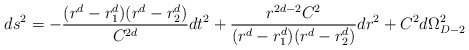
\begin{align*}ds^{2}=-{(r^{d}-r_{1}^{d})(r^{d}-r_{2}^{d})\over C^{2d}}dt^{2}+{r^{2d-2}C^{2}\over (r^{d}-r_{1}^{d})(r^{d}-r_{2}^{d})}dr^{2}+C^{2}d\Omega_{D-2}^{2} \end{align*}